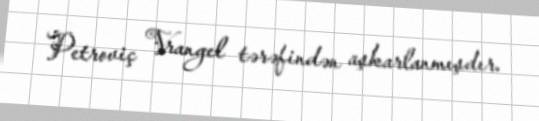
Petroviç Vrangel tərəfindən aşkarlanmışdır.